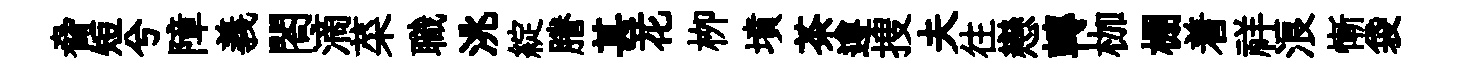
脅短兮障義閤滴菜職洮綻謄甚花栁墳茶遵搜夫往戀轉枷棚着祥浪慚袋